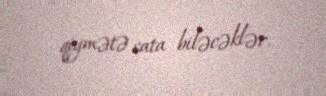
qiymətə sata biləcəklər.